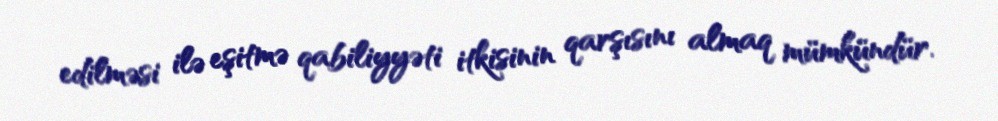
edilməsi ilə eşitmə qabiliyyəti itkisinin qarşısını almaq mümkündür.